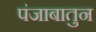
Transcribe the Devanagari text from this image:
पंजाबातुन